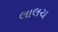
લાલચ